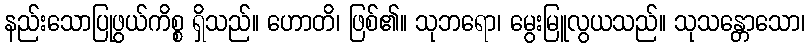
နည်းသောပြုဖွယ်ကိစ္စ ရှိသည်။ ဟောတိ၊ ဖြစ်၏။ သုဘရော၊ မွေးမြူလွယသည်။ သုသန္တောသော၊